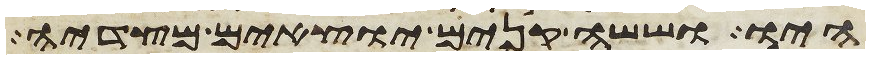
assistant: היו וששה קנים יוצאים מצדיה